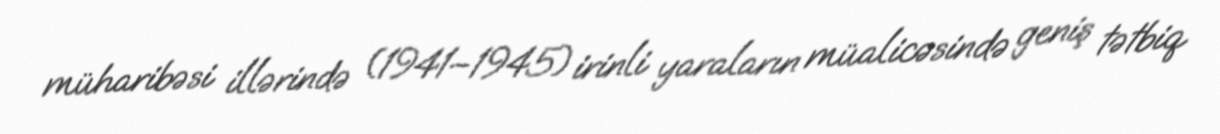
müharibəsi illərində (1941–1945) irinli yaraların müalicəsində geniş tətbiq